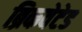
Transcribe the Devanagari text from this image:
ब्रिकवेटेड